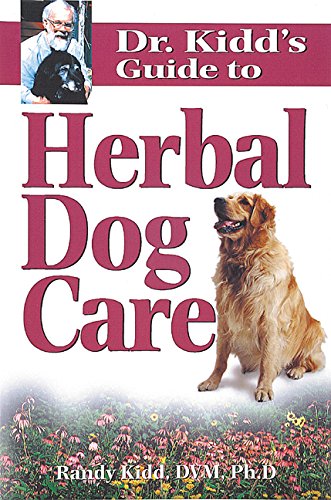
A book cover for Dr. Kidd's Guide to Herbal Dog Care; Randy Kidd D.V.M.  Ph.D.; Medical Books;